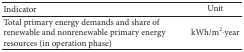
<table><thead><tr><td><b>Indicator</b></td><td><b>Unit </b></td></tr></thead><tbody><tr><td>Total primary energy demands and share of renewable and nonrenewable primary energy resources (in operation phase)</td><td>kWh/m<sup>2</sup>·year</td></tr></tbody></table>